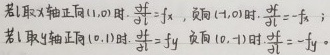
若 $l$ 取 $x$ 轴正向 $(1,0)$ 时, $\frac{\partial f}{\partial l}=f_x$ , 反向 $(-1,0)$ 时, $\frac{\partial f}{\partial l}=-f_x$ ;
若 $l$ 取 $y$ 轴正向 $(0,1)$ 时, $\frac{\partial f}{\partial l}=f_y$ , 反向 $(0,-1)$ 时, $\frac{\partial f}{\partial l}=-f_y$ .